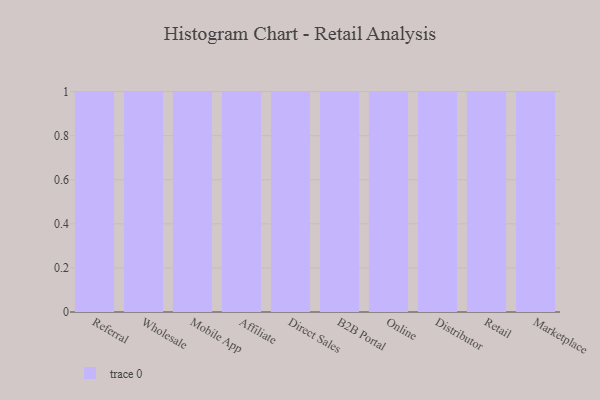
{"axis": {"x": "Channel", "y": "Churn Rate (%)"}, "legend": [""], "data": [{"x": "Referral", "y": 69, "type": ""}, {"x": "Wholesale", "y": 14, "type": ""}, {"x": "Mobile App", "y": 56, "type": ""}, {"x": "Affiliate", "y": 9, "type": ""}, {"x": "Direct Sales", "y": 28, "type": ""}, {"x": "B2B Portal", "y": 44, "type": ""}, {"x": "Online", "y": 15, "type": ""}, {"x": "Distributor", "y": 17, "type": ""}, {"x": "Retail", "y": 80, "type": ""}, {"x": "Marketplace", "y": 49, "type": ""}]}